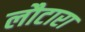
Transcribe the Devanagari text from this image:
लौटारा